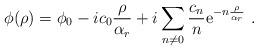
LaTeX: \begin{align*}\phi(\rho)= \phi_0 -ic_0{\rho\over \alpha_r}+i\sum\limits_{n\neq 0}\frac{c_n}{n}{\rm e}^{-n{\rho\over \alpha_r}}\ .\end{align*}